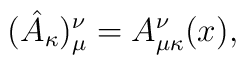
(\hat{A}_{\kappa} )_{\mu}^{\nu} = A_{\mu \kappa}^{\nu}(x),